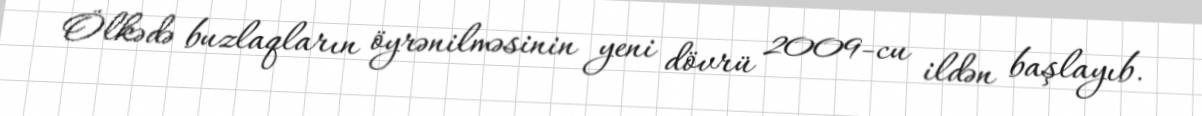
Ölkədə buzlaqların öyrənilməsinin yeni dövrü 2009-cu ildən başlayıb.